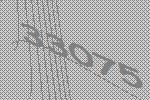
33075